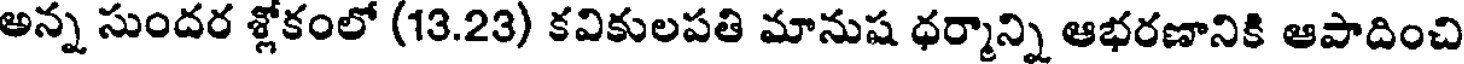
అన్న సుందర శ్లోకంలో (13.23) కవికులపతి మానుష ధర్మాన్ని ఆభరణానికి ఆపాదించి